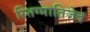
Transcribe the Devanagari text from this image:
स्तिग्मातिजेद